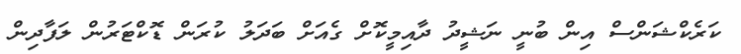
ކަރެކްޝަންސް އިން ބުނީ ނަޝީދު ދާއިމީކޮށް ގެއަށް ބަދަލު ކުރަން ޑޮކްޓަރުން ލަފާދިން